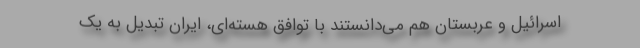
اسرائیل و عربستان هم می‌دانستند با توافق هسته‌ای، ایران تبدیل به یک